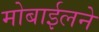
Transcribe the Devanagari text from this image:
मोबाईलने